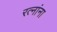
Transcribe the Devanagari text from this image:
रत्‍नांना